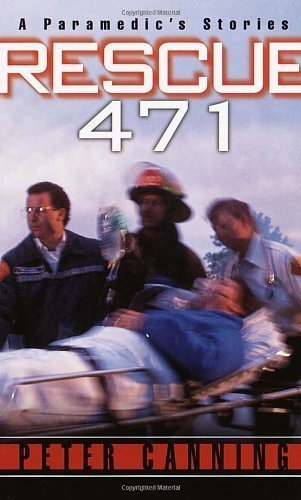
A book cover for Rescue 471: A Paramedic's Stories by Peter Canning (April 4 2000); Medical Books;